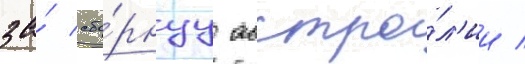
за́ сбо́рнуу австра́л'ии /